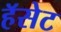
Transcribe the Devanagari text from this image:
हॅसेट